Civil Veterinary Department Bihar & Orissa reports 1922-29 - 1922-1929
Year: 1922
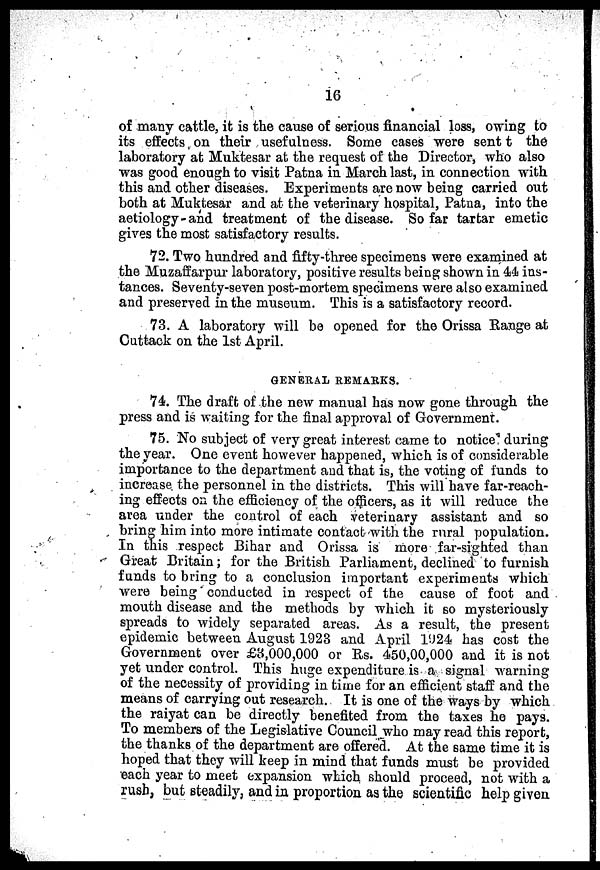
16
of many cattle, it is the cause of serious financial loss, owing to
its effects on their usefulness. Some cases were sent
the
laboratory at Muktesar at the request of the Director, who also
was good enough to visit Patna in March last, in connection with
this and other diseases. Experiments are now being carried out
both at Muktesar and at the veterinary hospital, Patna, into the
aetiology-and treatment of the disease. So far tartar emetic
gives the most satisfactory results.
72. Two hundred and fifty-three specimens were examined at
the Muzaffarpur laboratory, positive results being shown in 44 ins-
tances. Seventy-seven post-mortem specimens were also examined
and preserved in the museum. This is a satisfactory record.
73. A laboratory will be opened for the Orissa Kange at
Cuttack on the 1st April.
GENERAL REMARKS.
74. The draft of the new manual has now gone through the
press and is waiting for the final approval of Government.
75. No subject of very great interest came to notice during
the year. One event however happened, which is of considerable
importance to the department and that is, the voting of funds to
increase the personnel in the districts. This will have far-reach-
ing effects on the efficiency of the officers, as it will reduce the
area under the control of each veterinary assistant and so
bring him into more intimate contact with the rural population.
In this respect Bihar and Orissa is more far-sighted than
Great Britain; for the British Parliament, declined to furnish
funds to bring to a conclusion important experiments which
were being conducted in respect of the cause of foot and
mouth disease and the methods by which it so mysteriously
spreads to widely separated areas. As a result, the present
epidemic between August 1923 and April 1924 has cost the
Government over £3,000,000 or Rs. 450,00,000 and it is not
yet under control. This huge expenditure is a signal warning
of the necessity of providing in time for an efficient staff and the
means of carrying out research. It is one of the ways by which
the raiyat can be directly benefited from the taxes he pays.
To members of the Legislative Council who may read this report,
the thanks of the department are offered. At the same time it is
hoped that they will keep in mind that funds must be provided
each year to meet expansion which should proceed, not with a
rush, but steadily, and in proportion as the scientific help given